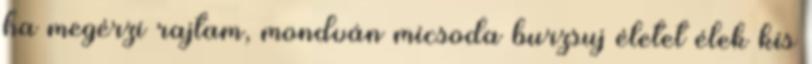
ha megérzi rajtam, mondván micsoda burzsuj életet élek kis